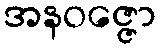
အနဝဇ္ဇော